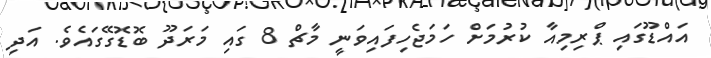
އައްޑޫގައި ޕްރިމިއާ ކުރުމަށް ހަމަޖެހިފައިވަނީ މާޗް 8 ގައި މަރަދޫ ބޮޑޮގޭގައެވެ. އަދި